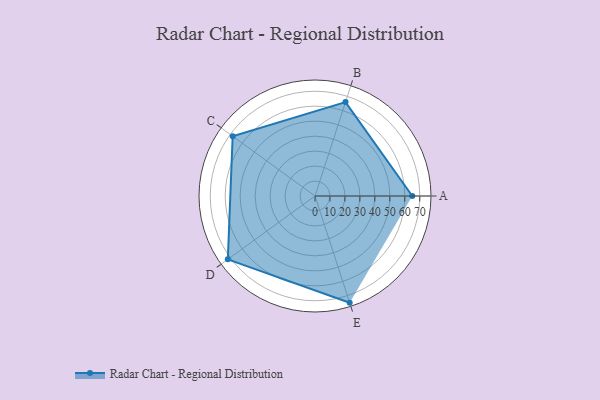
{"axis": {"x": "Skill", "y": "Score"}, "legend": ["Profile"], "data": [{"x": "A", "y": 65.0, "type": "Profile"}, {"x": "B", "y": 66.0, "type": "Profile"}, {"x": "C", "y": 68.0, "type": "Profile"}, {"x": "D", "y": 72.0, "type": "Profile"}, {"x": "E", "y": 75.0, "type": "Profile"}]}